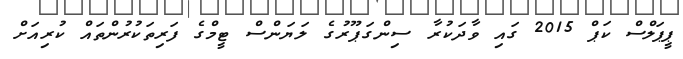
ޕީޕަލްސް ކަޕް 2015 ގައި ވާދަކުރާ ސިންގަޕޫރުގެ ލަޔަންސް ޓީމްގެ ފަރިތަކުރުންތައް ކުރިއަށް